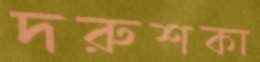
দরুশকা